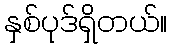
နှစ်ပုဒ်ရှိတယ်။